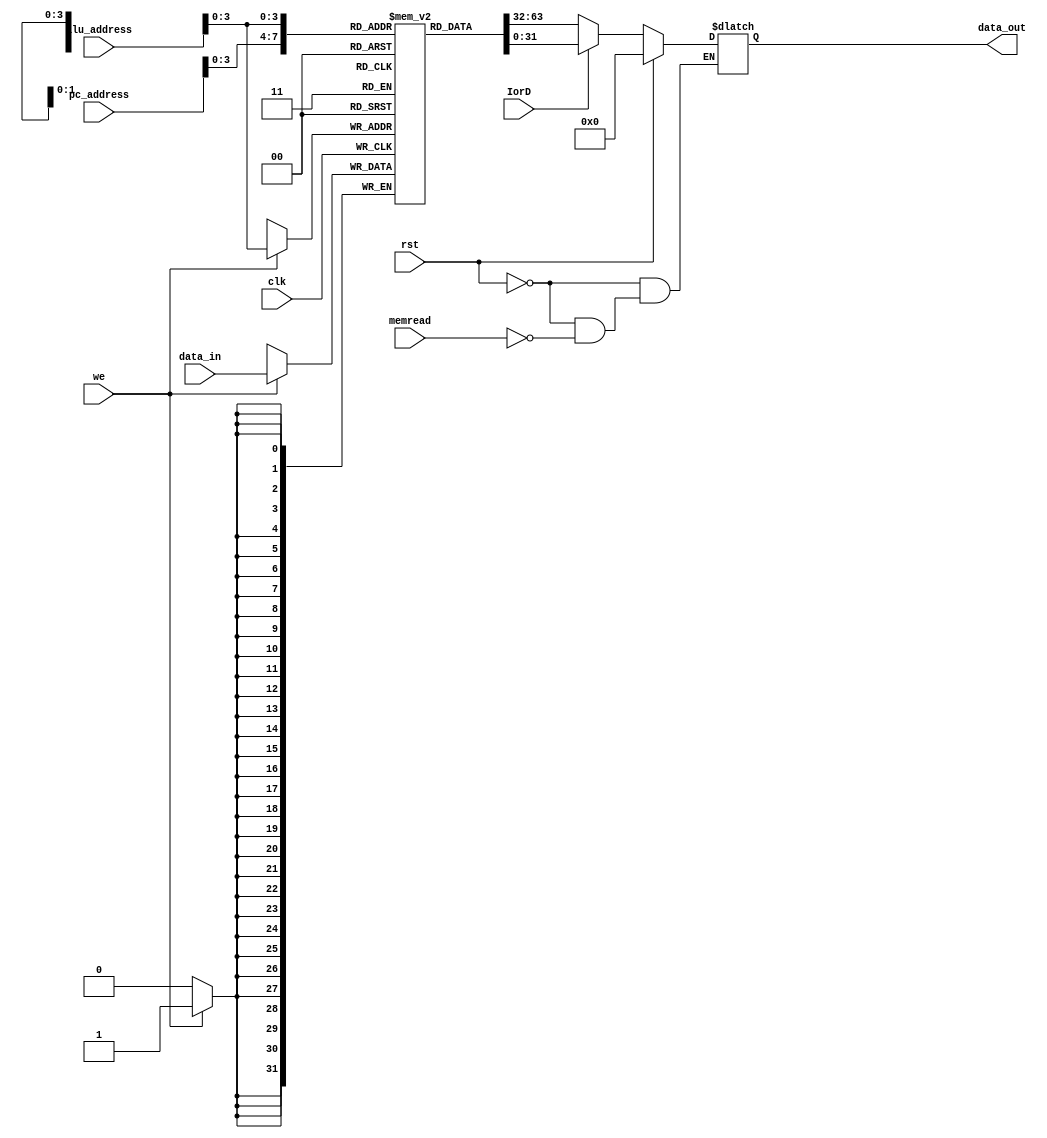
`timescale 1ns / 1ps

//////////////////////////////////////////////////////////////////////////////////
module memory
(	input [31:0]pc_address,
	input [4:0]alu_address, 
	input [31:0]data_in, 
	output reg [31:0] data_out,  
	input clk,
	input rst, 
	input we,
	input IorD,
	input memread); 

	reg [31:0] mem_memory [9:0];
	

	
	initial begin
		mem_memory [0] = 32'b000000_00001_00010_00011_000000_00010; //add $1, $2, $3
		mem_memory [1] = 32'b001000_00000_00000_00000_000000_00011;
		mem_memory [2] = 32'b000000_00001_00010_00011_000000_00010;
		mem_memory [3] = 32'b000000_00001_00010_00011_000000_10000;
		
	end
	
	
	
	always@(posedge clk) begin
		if(we)begin
				mem_memory[alu_address]<=data_in;			
			end
	end
	always @(*)begin
		if(rst)begin
			data_out=0;
		end
		else begin
			if(memread)begin
				if(!IorD)begin
					data_out=mem_memory [pc_address] ; 
				end	
				else
					data_out=mem_memory [alu_address] ;
			end	
		end		
	end
endmodule